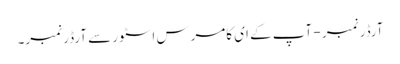
آرڈر نمبر - آپ کے ای کامرس اسٹور سے آرڈر نمبر۔